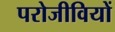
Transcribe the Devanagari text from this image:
परोजीवियों